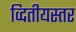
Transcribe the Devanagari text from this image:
व्दितीयस्तर